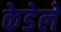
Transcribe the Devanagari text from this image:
केडेले